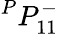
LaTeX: {}^{P}{P}_{1{1}}^{-}